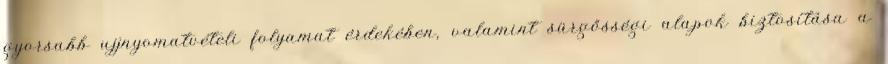
gyorsabb ujjnyomatvételi folyamat érdekében, valamint sürgősségi alapok biztosítása a